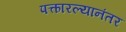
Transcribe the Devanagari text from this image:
पत्कारल्यानंतर